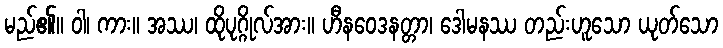
မည်၏။ ဝါ၊ ကား။ အဿ၊ ထိုပုဂ္ဂိုလ်အား။ ဟီနဝေဒနတ္တာ၊ ဒေါမနဿ တည်းဟူသော ယုတ်သော